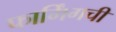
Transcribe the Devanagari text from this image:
फार्मिंगची